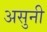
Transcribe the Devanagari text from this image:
असुनी